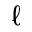
\ell